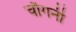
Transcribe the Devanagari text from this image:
चौगनी